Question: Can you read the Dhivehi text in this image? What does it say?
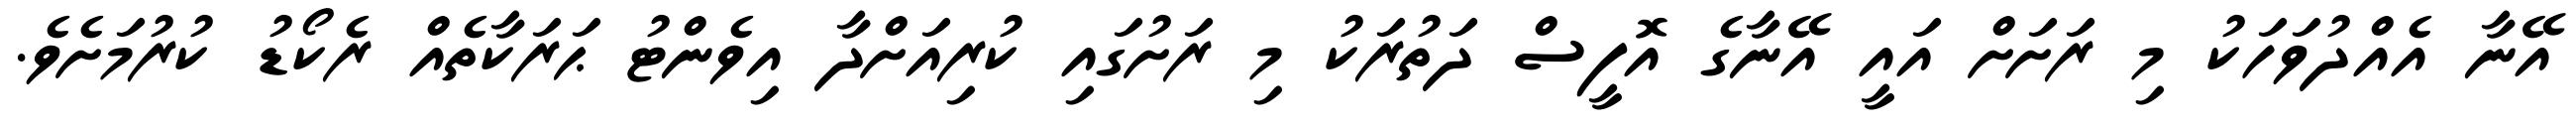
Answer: އޭނާ އެއްދުވަހަކު މި ރަށަށް އައީ އޭނާގެ އޮފީސް ދަތުރަކު މި ރަށުގައި ކުރިއަށްދާ އިވެންޓު ޙަރަކާތެއް ރެކޯޑު ކުރުމަށެވެ.